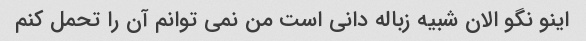
اینو نگو الان شبیه زباله دانی است من نمی توانم آن را تحمل کنم